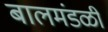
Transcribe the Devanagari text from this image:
बालमंडळी